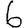
Digit: 6